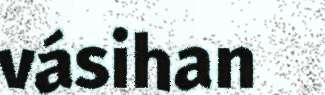
vásihan